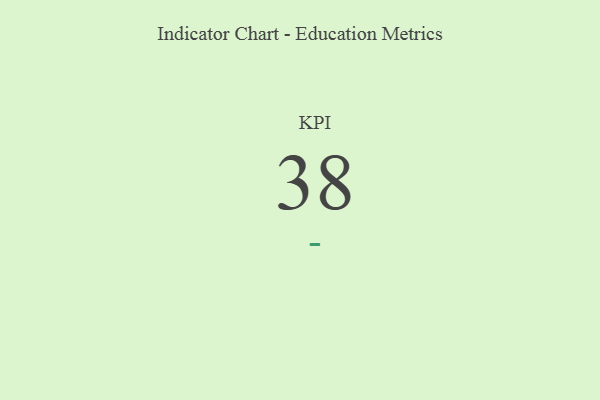
{"axis": {"x": "KPI", "y": "Value"}, "legend": [""], "data": [{"x": "KPI", "y": 38, "type": ""}]}